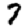
Digit: 7